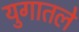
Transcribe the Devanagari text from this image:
युगातले